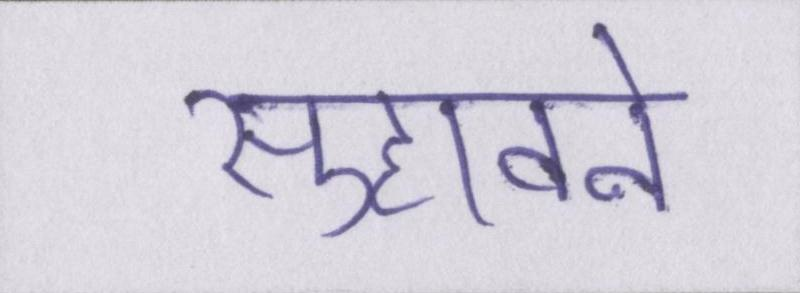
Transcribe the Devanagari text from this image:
सुहावने